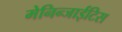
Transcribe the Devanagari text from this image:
मेनिन्जाईटिस